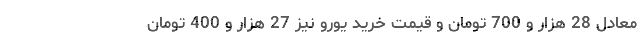
معادل 28 هزار و 700 تومان و قیمت خرید یورو نیز 27 هزار و 400 تومان